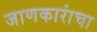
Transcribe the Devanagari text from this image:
जाणकारांचा